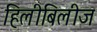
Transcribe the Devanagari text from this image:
हिलीबिलीज